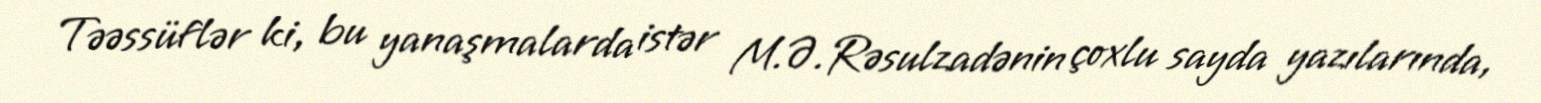
Təəssüflər ki, bu yanaşmalarda istər M.Ə.Rəsulzadənin çoxlu sayda yazılarında,